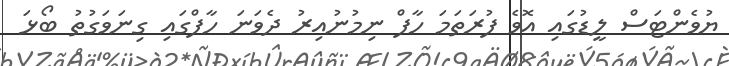
ޔުވެންޓަސް ލީޑުގައި އޮވެ ފުރަތަމަ ހާފް ނިމުނުއިރު ދެވަނަ ހާފްގައި ގިނަވަގުތު ބޯޅަ